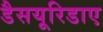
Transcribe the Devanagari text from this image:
डैसयूरिडाए